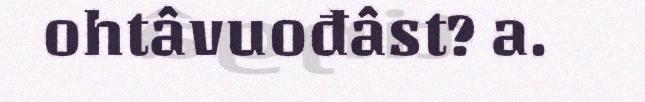
ohtâvuođâst? a.